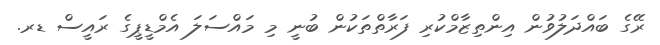
ރޭގެ ބައްދަލުވުން އިންތިޒާމްކުރި ފަރާތްތަކުން ބުނީ މި މައްސަލަ އެމްޑީޕީގެ ރައީސް ޑރ.